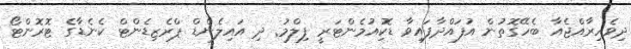
ދިވެހިރާއްޖެއާ ބެހޭގޮތުން އުފައްދާފައިވާ ޑޮކިއުމެންޓަރީ ފިލްމު